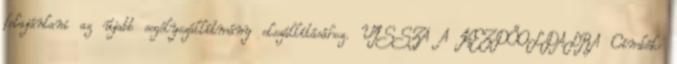
felajánlani az újabb segélyszállítmány elszállításához. VISSZA A KEZDŐOLDALRA Címkék: